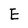
Character: E